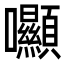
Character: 𡆘